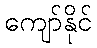
ကျော်နိုင်